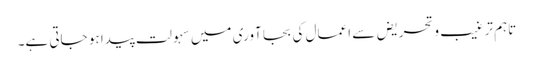
تاہم ترغیب وتحریض سے اعمال کی بجا آوری میں سہولت پیدا ہو جاتی ہے۔